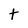
Character: t